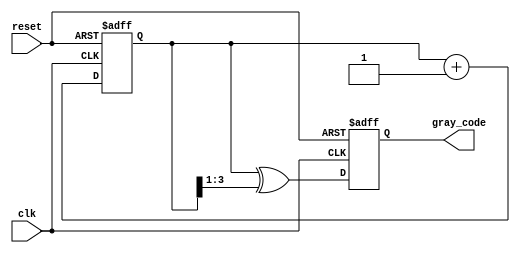
module gray_code_counter #(parameter n = 4) (
    input wire clk,
    input wire reset,
    output reg [n-1:0] gray_code
);

    reg [n-1:0] binary_counter;

    // Asynchronous reset and binary counting
    always @(posedge clk or posedge reset) begin
        if (reset) begin
            binary_counter <= 0;
            gray_code <= 0;
        end else begin
            // Increment binary counter
            binary_counter <= binary_counter + 1;

            // Convert binary to Gray Code
            gray_code <= binary_counter ^ (binary_counter >> 1);
        end
    end

endmodule